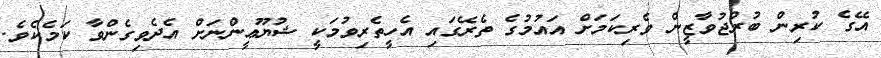
އޭގެ ކުރިން ބުރްޖުވާޒީން ވެރިކަމަށް އައުމުގެ ތެރޭގައި އެހީތެރިވުމަކީ ޝުޔޫޢީންނަށް އެދެވިގެންވާ ކަމެކެވެ.